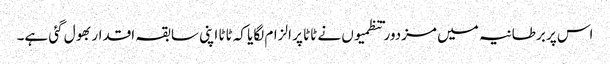
اس پر برطانیہ میں مزدور تنظمیوں نے ٹاٹا پر الزام لگایا کہ ٹاٹا اپنی سابقہ اقدار بھول گئی ہے۔